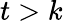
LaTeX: t>k